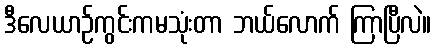
ဒီလေယာဉ်ကွင်းကမသုံးတာ ဘယ်လောက် ကြာပြီလဲ။